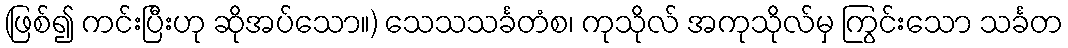
(ဖြစ်၍ ကင်းပြီးဟု ဆိုအပ်သော။) သေသသင်္ခတံစ၊ ကုသိုလ် အကုသိုလ်မှ ကြွင်းသော သင်္ခတ